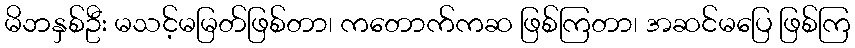
မိဘနှစ်ဦး မသင့်မမြတ်ဖြစ်တာ၊ ကတောက်ကဆ ဖြစ်ကြတာ၊ အဆင်မပြေ ဖြစ်ကြ